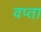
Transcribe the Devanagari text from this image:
वप्ता